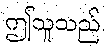
ဤသူသည်